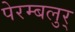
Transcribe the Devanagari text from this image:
पेरम्बलुर्